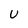
Character: U